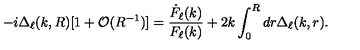
- i \Delta _ { \ell } ( k , R ) [ 1 + \mathcal { O } ( R ^ { - 1 } ) ] = \frac { \dot { F } _ { \ell } ( k ) } { F _ { \ell } ( k ) } + 2 k \int _ { 0 } ^ { R } d r \Delta _ { \ell } ( k , r ) .